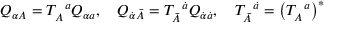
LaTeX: Q _ { \alpha A } = T _ { A } ^ { \, \, \, \, a } Q _ { \alpha a } , \quad Q _ { \dot { \alpha } \bar { A } } = T _ { \bar { A } } ^ { \, \, \, \, \dot { a } } Q _ { \dot { \alpha } \dot { a } } , \quad T _ { \bar { A } } ^ { \, \, \, \, \dot { a } } = \left( T _ { A } ^ { \, \, \, \, a } \right) ^ { * }